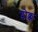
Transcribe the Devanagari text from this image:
ग्लोक्क